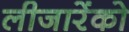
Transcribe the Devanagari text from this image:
लीजारेंको